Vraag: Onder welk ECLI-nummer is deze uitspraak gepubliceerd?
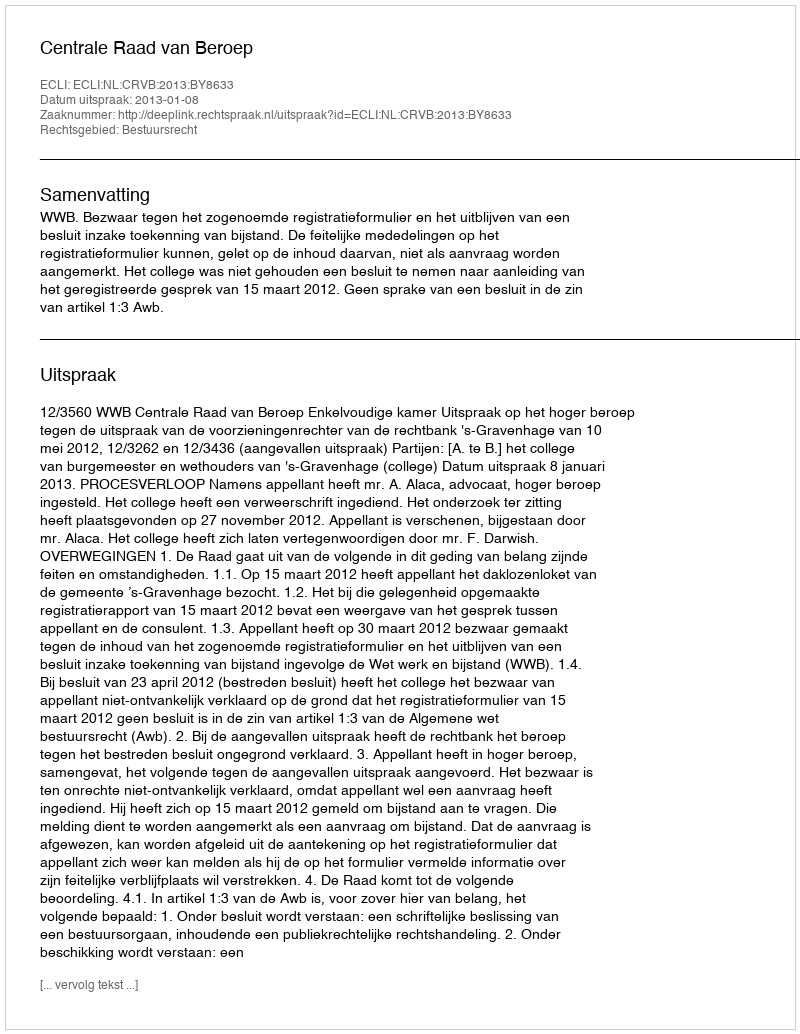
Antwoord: ECLI:NL:CRVB:2013:BY8633